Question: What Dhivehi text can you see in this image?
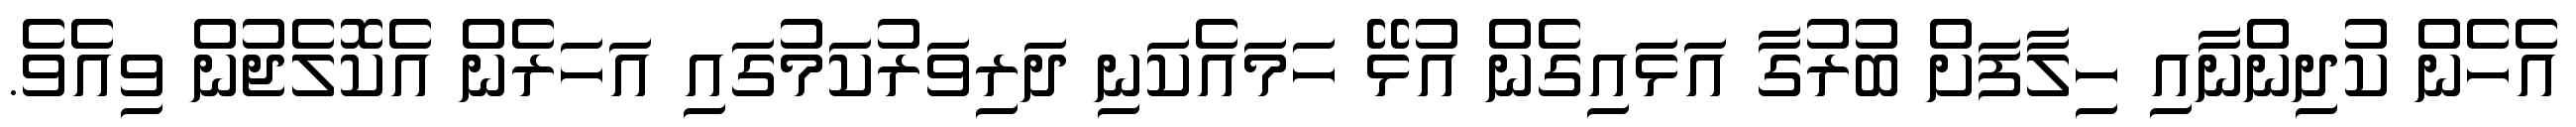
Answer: އެހެން ކުދިންނާއި ހިލާފަށް ބުރުގާ އަޅައިގެން އުޅޭ ހަމައެކަނި ދަރިވަރުކަމުގައި އަހަރެން އެކޮލެޖުން ވިއެވެ.